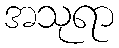
အသုရာ